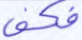
فكف